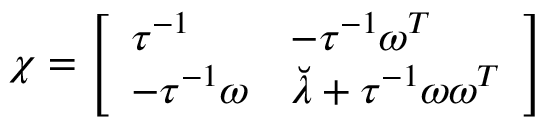
\chi = \left[ \begin{array} { l l } { { \tau ^ { - 1 } } } & { { - \tau ^ { - 1 } \omega ^ { T } } } \\ { { - \tau ^ { - 1 } \omega } } & { { \breve { \lambda } + \tau ^ { - 1 } \omega \omega ^ { T } } } \end{array} \right]